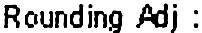
ROUNDING ADJ :